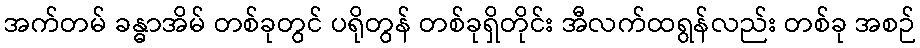
အက်တမ် ခန္ဓာအိမ် တစ်ခုတွင် ပရိုတွန် တစ်ခုရှိတိုင်း အီလက်ထရွန်လည်း တစ်ခု အစဉ်